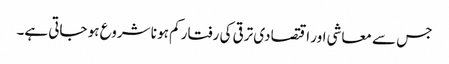
جس سے معاشی اور اقتصادی ترقی کی رفتار کم ہو نا شروع ہو جاتی ہے۔